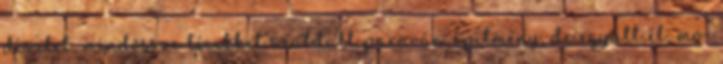
díszlet, mindössze lécekkel szabdalt paraván-építmény, de együtt él, mo-